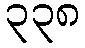
၃၃၈